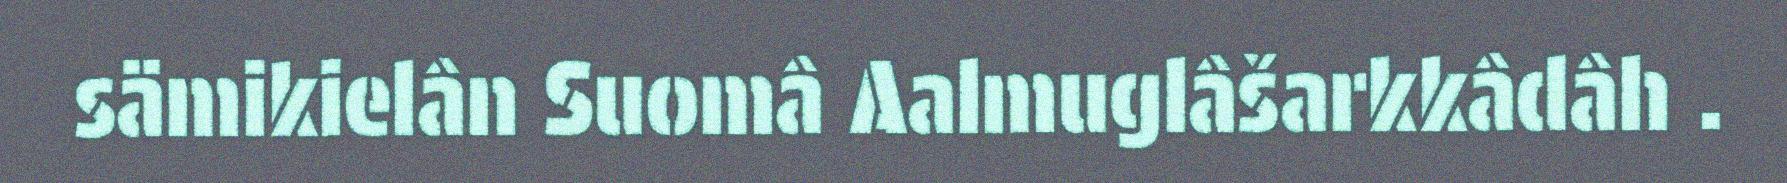
sämikielân Suomâ Aalmuglâšarkkâdâh .